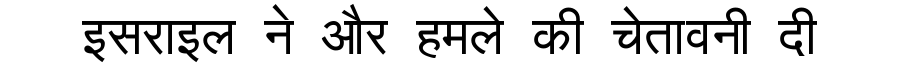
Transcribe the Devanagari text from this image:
इसराइल ने और हमले की चेतावनी दी